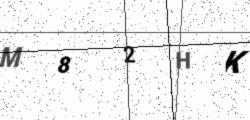
Text: M82HK